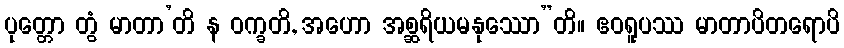
ပုတ္တော တွံ မာတာ’တိ န ဝက္ခတိ, အဟော အစ္ဆရိယမနုဿော”တိ။ ဧဝရူပဿ မာတာပိတရောပိ